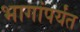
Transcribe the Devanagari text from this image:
भागांपर्यंत